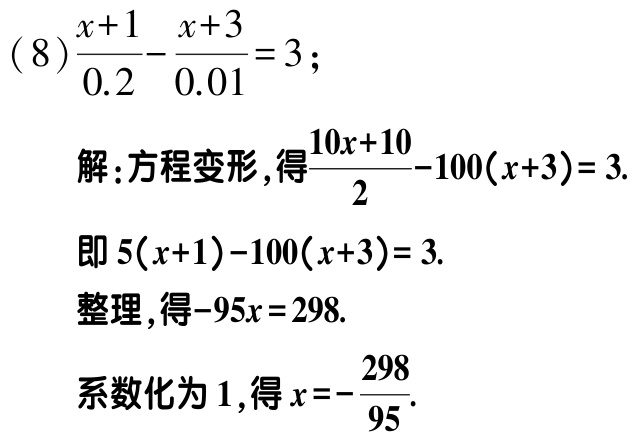
\((8)\frac{x + 1}{0.2}-\frac{x + 3}{0.01}=3;\)

解：方程变形，得\(\frac{10x + 10}{2}-100(x + 3)=3.\)

即\(5(x + 1)-100(x + 3)=3.\)

整理，得\(-95x = 298.\)

系数化为\(1\)，得\(x=-\frac{298}{95}.\)